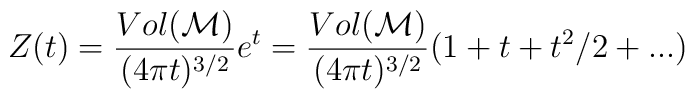
Z(t) = \frac{Vol ({\cal M})}{(4 \pi t)^{3/2}} e^t = \frac{Vol ({\cal M})}{(4 \pi t)^{3/2}} (1 + t + t^2/2 +...)